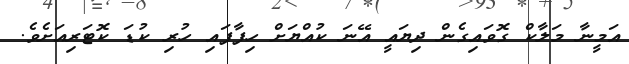
އަމީނާ މަލާކް ގޮވައިގެން ދިޔައީ އޭނަ ކުއްޔަށް ހިފާފައި ހުރި ކުޑަ ކޮޓަރިއަށެވެ.